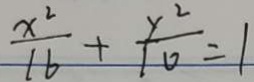
\frac { x ^ { 2 } } { 1 6 } + \frac { y ^ { 2 } } { 1 0 } = 1